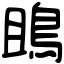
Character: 鴡